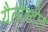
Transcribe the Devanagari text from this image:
यैलोस्टोन